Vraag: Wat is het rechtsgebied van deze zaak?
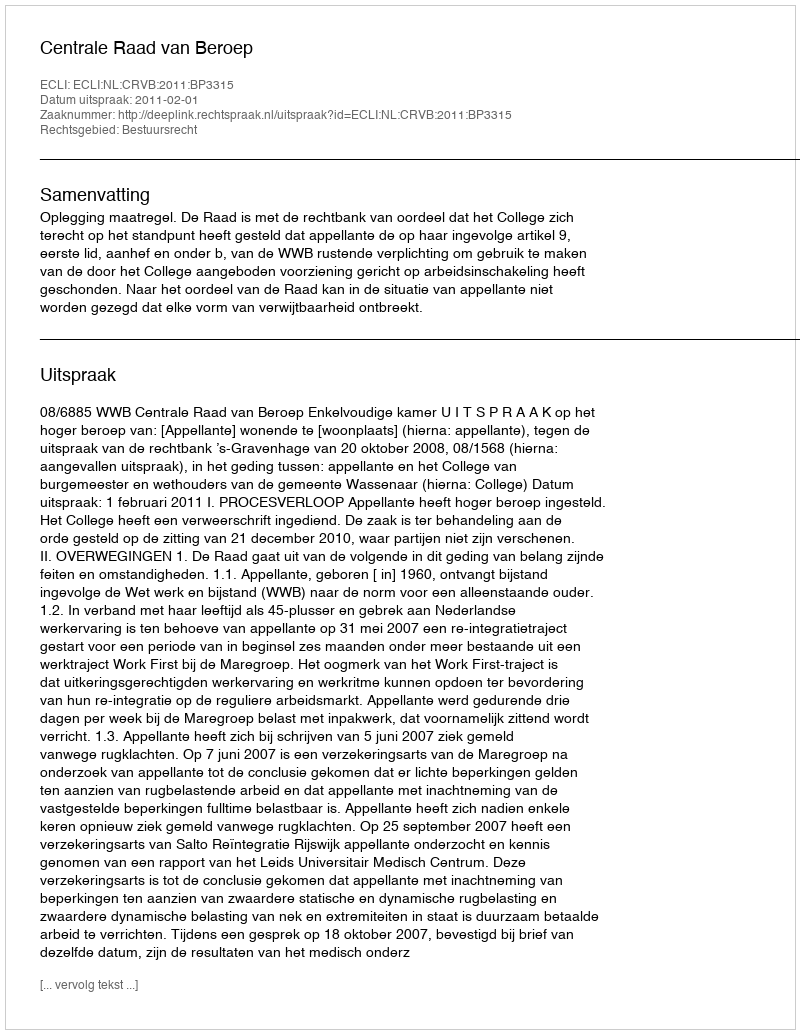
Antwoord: Bestuursrecht